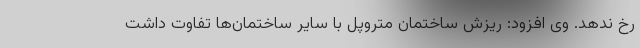
رخ ندهد. وی افزود: ریزش ساختمان متروپل با سایر ساختمان‌ها تفاوت داشت